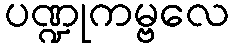
ပဏ္ဍုကမ္ဗလေ